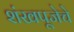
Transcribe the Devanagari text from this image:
शंखपूजेचे